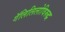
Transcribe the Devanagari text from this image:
गॅलिलिलोविरुद्ध